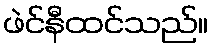
ဖဲင်နီထင်သည်။